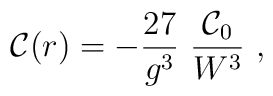
{\cal C}(r) = -  {27 \over g^3}~ {{\cal C}_0 \over W^{3}} \ ,